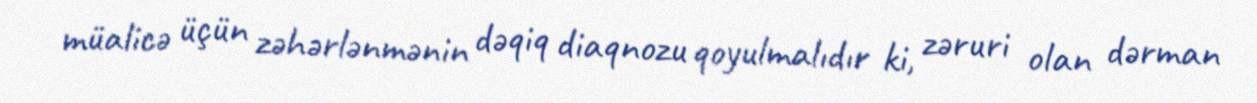
müalicə üçün zəhərlənmənin dəqiq diaqnozu qoyulmalıdır ki, zəruri olan dərman